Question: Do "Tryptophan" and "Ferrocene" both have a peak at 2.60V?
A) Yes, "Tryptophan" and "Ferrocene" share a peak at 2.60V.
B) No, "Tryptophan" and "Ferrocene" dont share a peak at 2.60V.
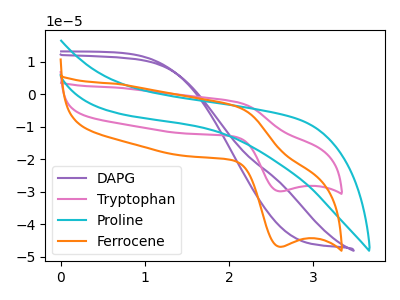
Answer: <think>The purple curve "DAPG" has no peaks. The pink curve "Tryptophan" has an anodic peak at (2.10V, -2.50uA) and a cathodic peak at (2.60V, -29.85uA). The cyan curve "Proline" has no peaks. The orange curve "Ferrocene" has an anodic peak at (2.10V, -3.95uA) and a cathodic peak at (2.60V, -46.90uA).</think>
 <answer>A) Yes, "Tryptophan" and "Ferrocene" share a peak at 2.60V.</answer>
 <eval>A</eval>